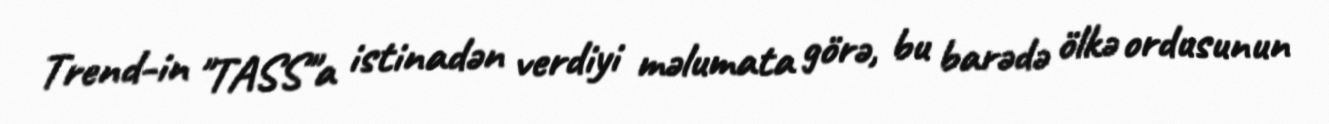
Trend-in "TASS"a istinadən verdiyi məlumata görə, bu barədə ölkə ordusunun